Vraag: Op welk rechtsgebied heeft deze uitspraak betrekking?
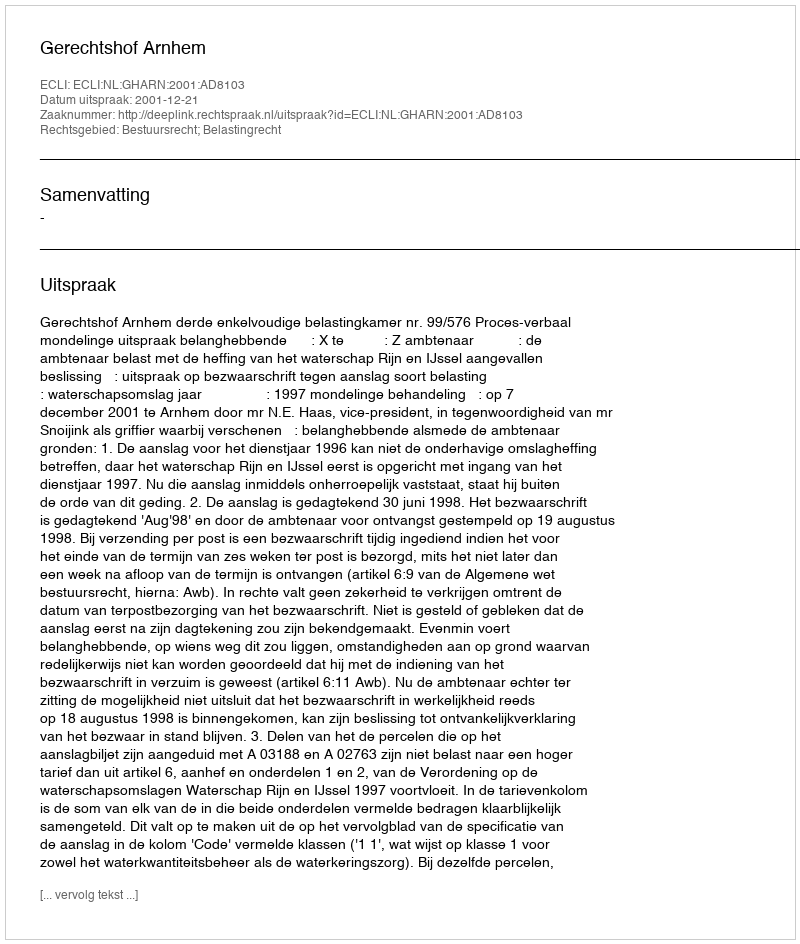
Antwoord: Bestuursrecht; Belastingrecht